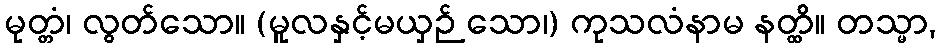
မုတ္တံ၊ လွတ်သော။ (မူလနှင့်မယှဉ် သော၊) ကုသလံနာမ နတ္ထိ။ တသ္မာ,